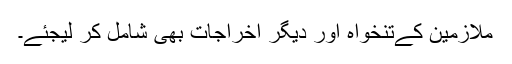
ملازمین کےتنخواہ اور دیگر اخراجات بھی شامل کر لیجئے۔